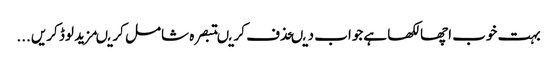
بہت خوب اچھا لکھا ہےجواب دیںحذف کریںتبصرہ شامل کریںمزید لوڈ کریں...